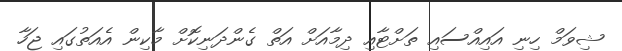
ޝިވަމް ހިނި އައިއްސައި ތަށްޓާއި ދިމާއަށް އަތް ގެންދަނިކޮށް މާކިން އެއަތުގައި ޖަހާ